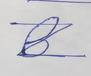
Signature authenticity: forged